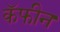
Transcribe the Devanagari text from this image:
कॅफीन